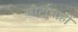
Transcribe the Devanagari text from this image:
कोर्टालाही